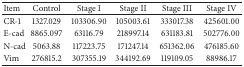
<table><thead><tr><td><b>Item</b></td><td><b>Control</b></td><td><b>Stage I</b></td><td><b>Stage II</b></td><td><b>Stage III</b></td><td><b>Stage IV</b></td></tr></thead><tbody><tr><td>CR-1</td><td>1327.029</td><td>103306.90</td><td>105003.61</td><td>333017.38</td><td>425601.00</td></tr><tr><td>E-cad</td><td>8865.097</td><td>63116.79</td><td>218997.14</td><td>631183.81</td><td>502776.00</td></tr><tr><td>N-cad</td><td>5063.88</td><td>117223.75</td><td>171247.14</td><td>651362.06</td><td>476185.60</td></tr><tr><td>Vim</td><td>276815.2</td><td>307355.19</td><td>344192.69</td><td>119109.05</td><td>88986.17</td></tr></tbody></table>